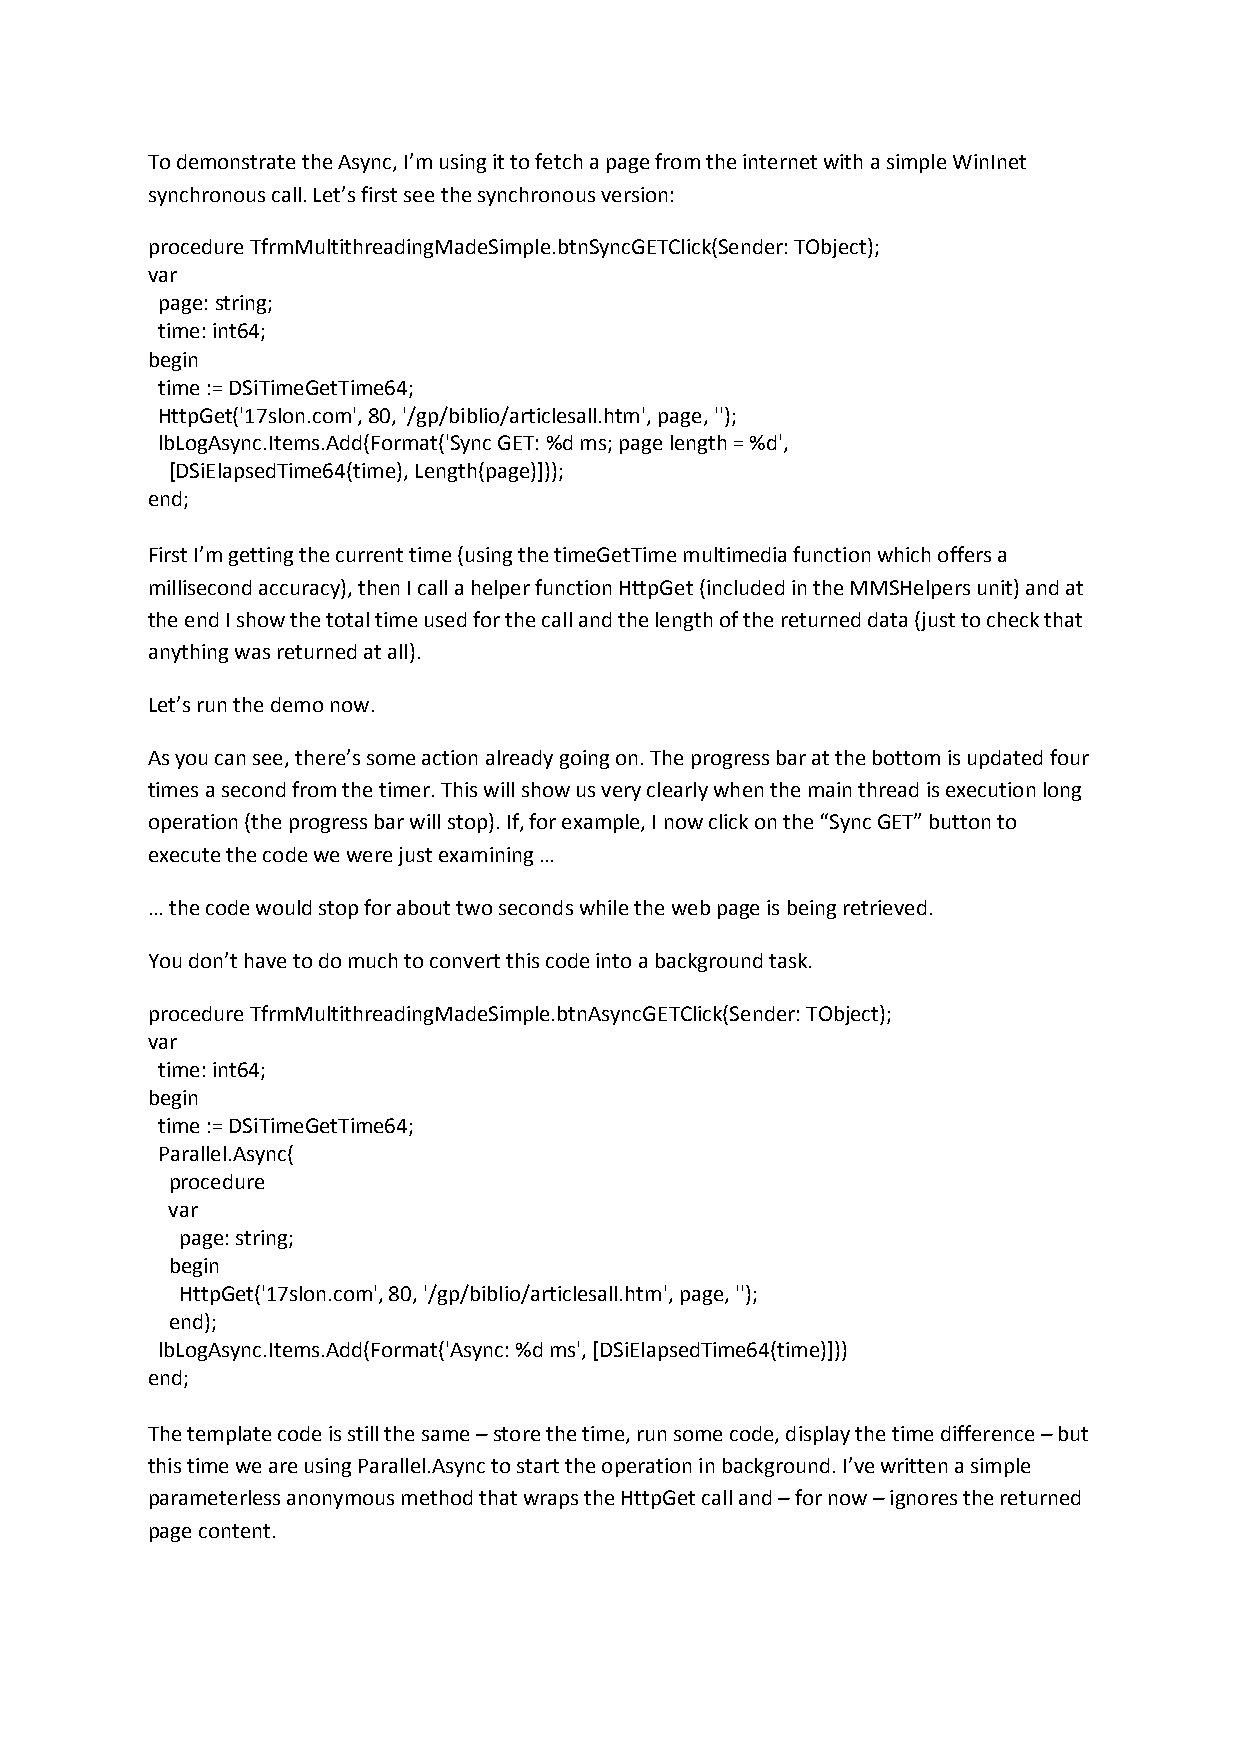
To demonstrate the Async, I’m using it to fetch a page from the internet with a simple WinInet
 synchronous call. Let’s first see the synchronous version:
 procedure TfrmMultithreadingMadeSimple.btnSyncGETClick(Sender: TObject);
 var
 page: string;
 time: int64;
 begin
 time := DSiTimeGetTime64;
 HttpGet('17slon.com', 80, '/gp/biblio/articlesall.htm', page, '');
 lbLogAsync.Items.Add(Format('Sync GET: %d ms; page length = %d',
 [DSiElapsedTime64(time), Length(page)]));
 end;
 First I’m getting the current time (using the timeGetTime multimedia function which offers a
 millisecond accuracy), then I call a helper function HttpGet (included in the MMSHelpers unit) and at
 the end I show the total time used for the call and the length of the returned data (just to check that
 anything was returned at all).
 Let’s run the demo now.
 As you can see, there’s some action already going on. The progress bar at the bottom is updated four
 times a second from the timer. This will show us very clearly when the main thread is execution long
 operation (the progress bar will stop). If, for example, I now click on the “Sync GET” button to
 execute the code we were just examining …
 … the code would stop for about two seconds while the web page is being retrieved.
 You don’t have to do much to convert this code into a background task.
 procedure TfrmMultithreadingMadeSimple.btnAsyncGETClick(Sender: TObject);
 var
 time: int64;
 begin
 time := DSiTimeGetTime64;
 Parallel.Async(
 procedure
 var
 page: string;
 begin
 HttpGet('17slon.com', 80, '/gp/biblio/articlesall.htm', page, '');
 end);
 lbLogAsync.Items.Add(Format('Async: %d ms', [DSiElapsedTime64(time)]))
 end;
 The template code is still the same – store the time, run some code, display the time difference – but
 this time we are using Parallel.Async to start the operation in background. I’ve written a simple
 parameterless anonymous method that wraps the HttpGet call and – for now – ignores the returned
 page content.